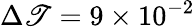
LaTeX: \Delta\mathscr{T}=9\times10^{-2}